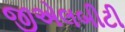
જીએલબીટી